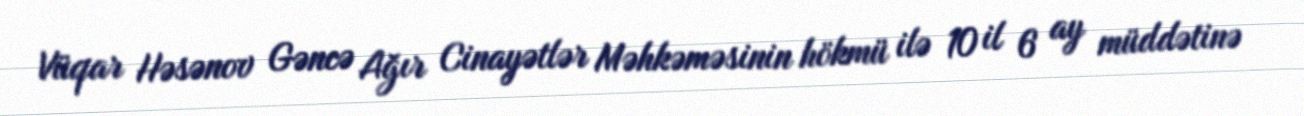
Vüqar Həsənov Gəncə Ağır Cinayətlər Məhkəməsinin hökmü ilə 10 il 6 ay müddətinə